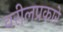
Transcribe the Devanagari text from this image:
वरीलप्रकारे